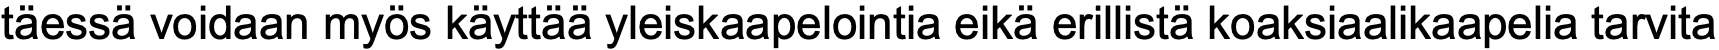
täessä voidaan myös käyttää yleiskaapelointia eikä erillistä koaksiaalikaapelia tarvita